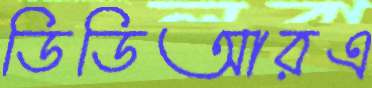
ডিডিআরএ